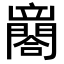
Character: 𨶼